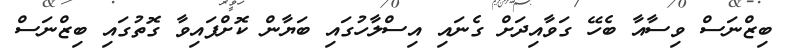
ބިޒްނަސް ވިސާއާ ބެހޭ ގަވާއިދަށް ގެނައި އިސްލާހުގައި ބަޔާން ކޮށްފައިވާ ގޮތުގައި ބިޒްނަސް